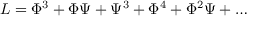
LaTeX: L = \Phi ^ { 3 } + \Phi \Psi + \Psi ^ { 3 } + \Phi ^ { 4 } + \Phi ^ { 2 } \Psi + \dots